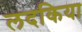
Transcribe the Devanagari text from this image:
लदकिया